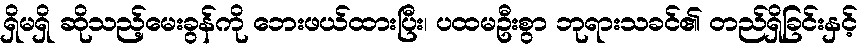
ရှိမရှိ ဆိုသည့်မေးခွန်ကို ဘေးဖယ်ထားပြီး၊ ပထမဦးစွာ ဘုရားသခင်၏ တည်ရှိခြင်းနှင့်